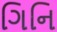
ગિનિ